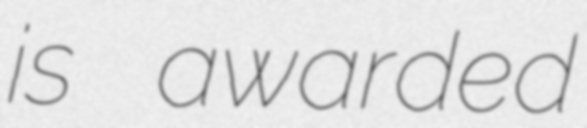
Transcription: is awarded